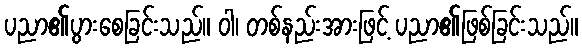
ပညာ၏ပွားစေခြင်းသည်။ ဝါ၊ တစ်နည်းအားဖြင့် ပညာ၏ဖြစ်ခြင်းသည်။